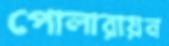
পোলারায়ন